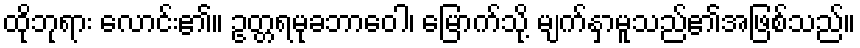
ထိုဘုရား လောင်း၏။ ဥတ္တရမုခဘာဝေါ၊ မြောက်သို့ မျက်နှာမူသည်၏အဖြစ်သည်။